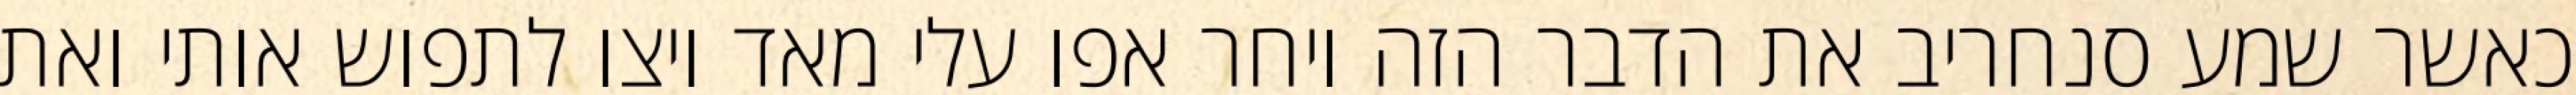
כאשר שמע סנחריב את הדבר הזה ויחר אפו עלי מאד ויצו לתפוש אותי ואת